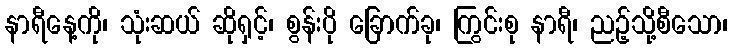
နာရီနေ့ကို၊ သုံးဆယ် ဆိုရှင့်၊ စွန်းပို ခြောက်ခု၊ ကြွင်းစု နာရီ၊ ညဉ့်သို့စီသော၊